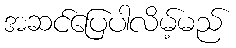
အဆင်ပြေပါလိမ့်မည်